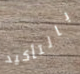
بالتأكيد